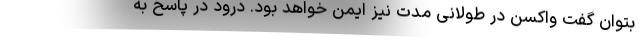
بتوان گفت واکسن در طولانی مدت نیز ایمن خواهد بود. درود در پاسخ به